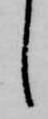
し